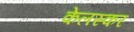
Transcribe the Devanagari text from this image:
केलस्कर